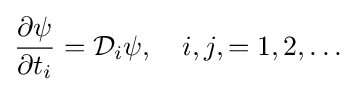
{\frac {\partial \psi }{\partial t_{i}}}={\mathcal {D}}_{i}\psi ,\quad i,j,=1,2,\dots